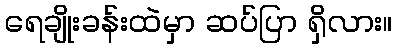
ရေချိုးခန်းထဲမှာ ဆပ်ပြာ ရှိလား။